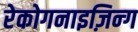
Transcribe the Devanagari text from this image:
रेकोगनाइज़िन्ग